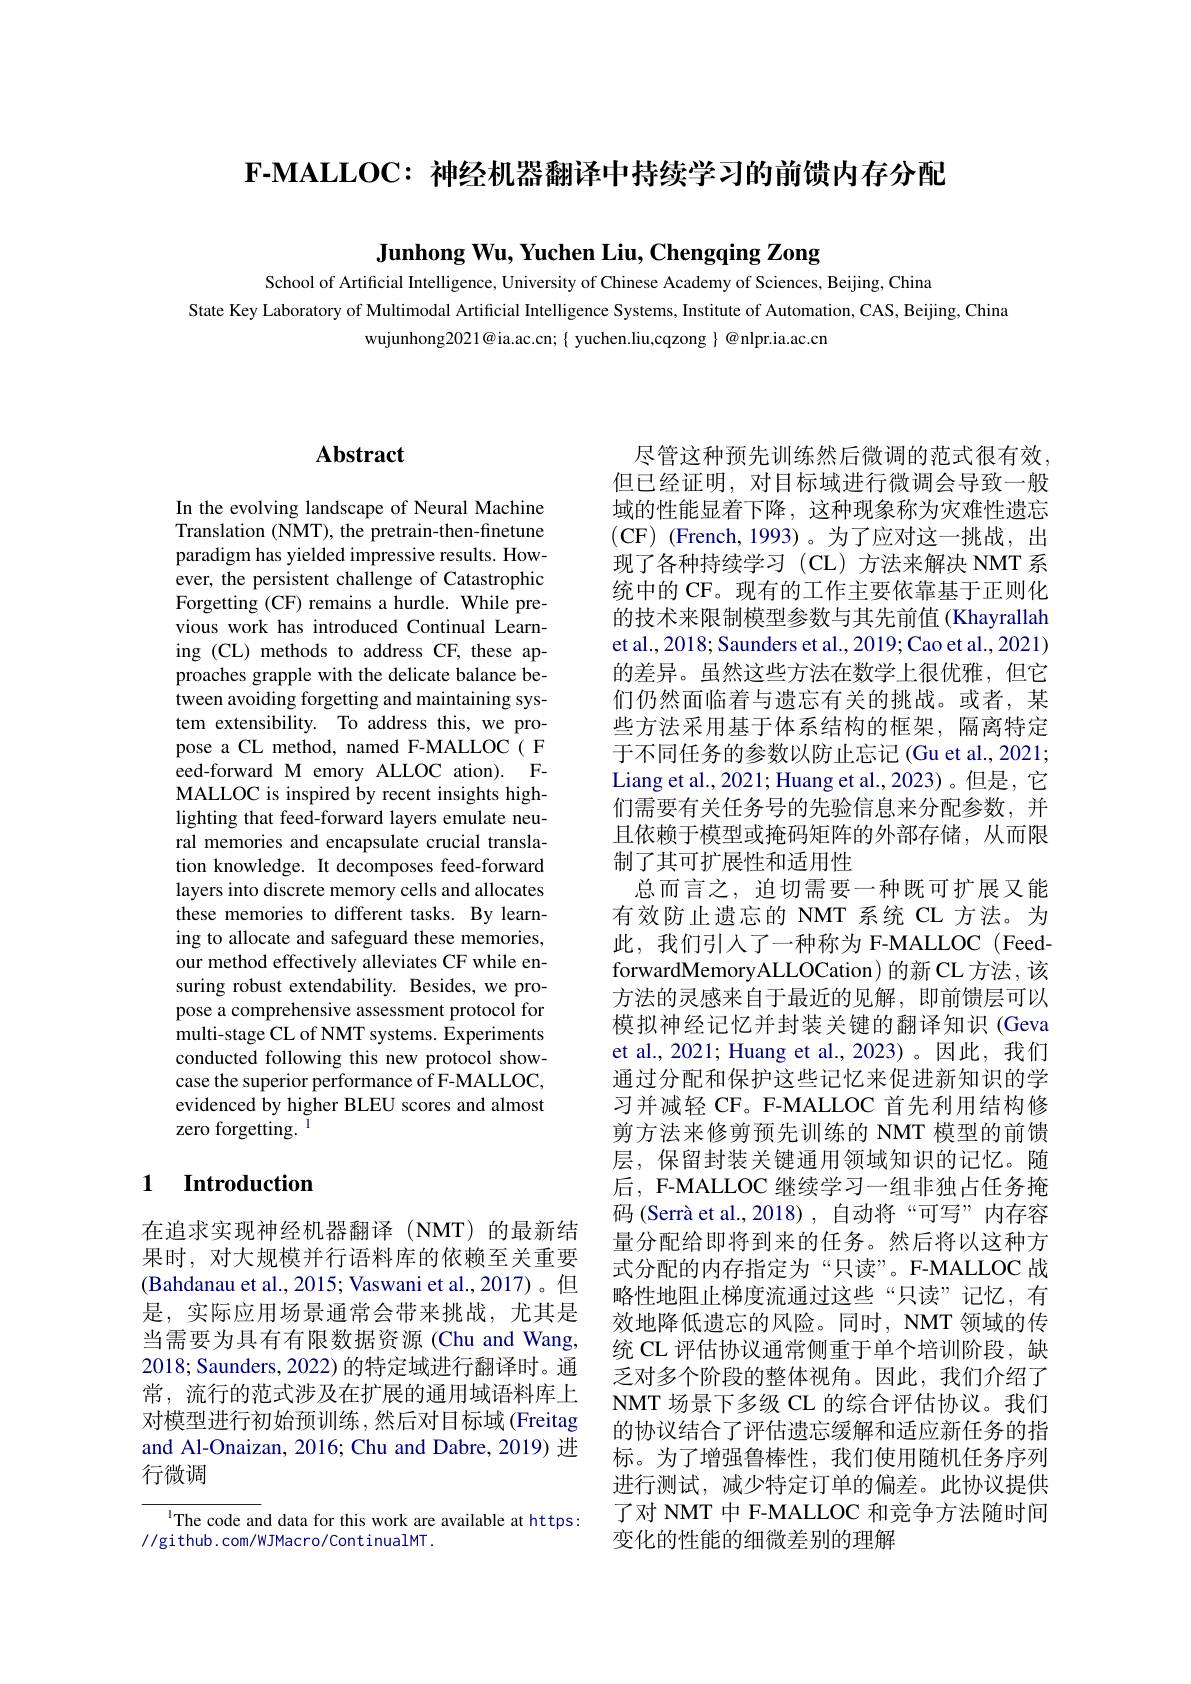
$\textbf{F- MALLOC: 神 经 机 器 翻 译 中 持 续 学 习 的 前 馈 内 存 分 配 }$

Junhong Wu, Yuchen Liu, Chengqing Zong
School of Artificial Intelligence, University of Chinese Academy of Sciences, Beijing, China
State Key Laboratory of Multimodal Artificial Intelligence Systems, Institute of Automation, CAS, Beijing, China
wujunhong2021@ia.ac.cn;{ yuchen.liu,cqzong{}}{@}nlpr.ia.ac.cm

# Abstract

In the evolving landscape of Neural Machine Translation (NMT), the pretrain-then-finetune paradigm has yielded impressive results. However, the persistent challenge of Catastrophic Forgetting (CF) remains a hurdle. While previous work has introduced Continual Learning (CL) methods to address CF, these approaches grapple with the delicate balance between avoiding forgetting and maintaining system extensibility. To address this, we propose a CL method, named F-MALLOC( F eed-forward M emory ALLOC ation). FMALLOC is inspired by recent insights highlighting that feed-forward layers emulate neural memories and encapsulate crucial translation knowledge. It decomposes feed-forward layers into discrete memory cells and allocates these memories to different tasks. By learning to allocate and safeguard these memories, our method effectively alleviates CF while ensuring robust extendability. Besides, we propose a comprehensive assessment protocol for multi-stage CL of NMT systems. Experiments conducted following this new protocol showcase the superior performance of F-MALLOC, evidenced by higher BLEU scores and almost zero forgetting. $^{\mathrm{l}}$

## 1 Introduction

在追求实现神经机器翻译(NMT)的最新结果时，对大规模并行语料库的依赖至关重要(Bahdanau et al., 2015; Vaswani et al., 2017)。但是，实际应用场景通常会带来挑战，尤其是当需要为具有有限数据资源(Chu and Wang, 2018; Saunders, 2022) 的特定域进行翻译时。通常，流行的范式涉及在扩展的通用域语料库上对模型进行初始预训练，然后对目标域(Freitag and Al-Onaizan, 2016; Chu and Dabre, 2019) 进行微调

$^{\mathrm{l}}$The code and data for this work are available at https:
//github.com/WJMacro/ContinualMT.

尽管这种预先训练然后微调的范式很有效， 但已经证明，对目标域进行微调会导致一般域的性能显着下降，这种现象称为灾难性遗忘(CF) (French, 1993)。为了应对这一挑战，出现了各种持续学习(CL)方法来解决 NMT 系统中的 CF。现有的工作主要依靠基于正则化的技术来限制模型参数与其先前值(Khayrallah et al., 2018; Saunders et al., 2019; Cao et al., 2021) 的差异。虽然这些方法在数学上很优雅，但它们仍然面临着与遗忘有关的挑战。或者，某些方法采用基于体系结构的框架，隔离特定于不同任务的参数以防止忘记(Gu et al., 2021; Liang et al., 2021; Huang et al., 2023)。但是，它们需要有关任务号的先验信息来分配参数，并且依赖于模型或掩码矩阵的外部存储，从而限制了其可扩展性和适用性
总而言之，迫切需要一种既可扩展又能有效防止遗忘的 NMT 系统 CL 方法。为此，我们引人了一种称为 F-MALLOC(Feed-) forwardMemoryALLOCation) 的新 CL 方法，该方法的灵感来自于最近的见解，即前馈层可以模拟神经记忆并封装关键的翻译知识(Geva et al., 2021; Huang et al., 2023)。因此，我们通过分配和保护这些记忆来促进新知识的学习并减轻 CF。F-MALLOC 首先利用结构修剪方法来修剪预先训练的 NMT 模型的前馈层，保留封装关键通用领域知识的记忆。随后，F-MALLOC 继续学习一组非独占任务掩码 (Serrà et al.,2018), 自动将“可写”内存容量分配给即将到来的任务。然后将以这种方式分配的内存指定为“只读”。F-MALLOC 战略性地阻止梯度流通过这些“只读”记忆，有效地降低遗忘的风险。同时，NMT 领域的传统 CL 评估协议通常侧重于单个培训阶段，缺乏对多个阶段的整体视角。因此，我们介绍了NMT 场景下多级 CL 的综合评估协议。我们的协议结合了评估遗忘缓解和适应新任务的指标。为了增强鲁棒性，我们使用随机任务序列进行测试，减少特定订单的偏差。此协议提供了对 NMT 中 F-MALLOC 和竞争方法随时间变化的性能的细微差别的理解